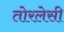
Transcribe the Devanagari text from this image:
तोरलेसी